Vital statistics of India. Vol. IV, Annual returns from 1871 to 1876. British Army of India, Native Army and jails of Bengal
Year: 1871
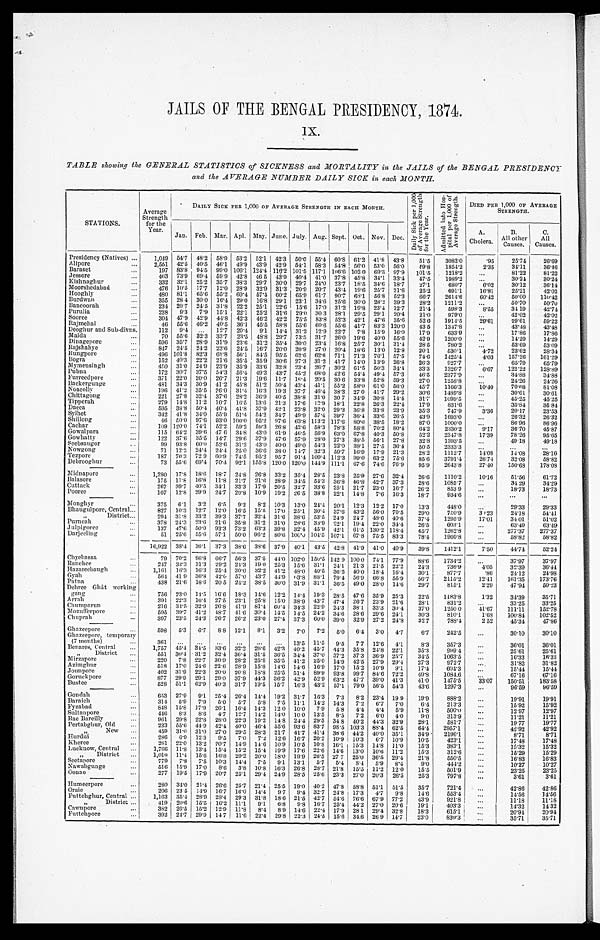
JAILS OF THE BENGAL PRESIDENCY, 1874.
IX.
TABLE showing the GENERAL STATISTICS of SICKNESS and MORTALITY in the JAILS of the BENGAL PRESIDENCY
and the AVERAGE NUMBER DAILY SICK in each MONTH.
STATIONS.
Average S t r e n g t h
for the
Year.
DAILY SICK PER 1,000 OF AVERAGE STRENGTH IN EACH MONTH.
Da i l y S i c k p e r 1 , 0 0 0
o f Av e r a g e S t r e n g t h
f or t he Year . A d m i t t e d i n t o H o s -
p i t a l p e r 1 , 0 0 0 o f
A v e r a g e S t r e n g t h .
DIED PER 1,000 OF AVERAGE
S T R E N G T H .
Jan. Feb. Mar. Apl. May. June. July. Aug. Sept. Oct. Nov. Dec.
A.
Cholera.
B.
All other
Causes.
C.
All
Causes.
Presidency (Natives)
1,049 54. 7 48.2 58.9 53.2 52. 1 42. 3 50.0 55.4 60.8 61.2 41.8 43.8 51.5 3082.0
.95 25.74 26.69
Alipore 2,551 42. 5 40.5 46. 1 49.9 43.9 42. 9 54.1 58.3 54.8 56.0 53.0 56.0 49.8 1854.2 2.35 34.11 36.46
Baraset
197 83. 8 94.5 99.0 106.1 124.4 116.2 101.5 117.1 106.6 102 0 69.3 97.9 101.5 1218.2
81.22 81.22
Jessore
463 73.9 69.4 59.9 42.8 46 5 43.9 40.4 41.0 37.8 45.8 34.1 33.4 47.5 1989.2
3 0 . 2 4
30.24
Kishnaghur
332 32. 1 25.2 35.7 38.3 29.7 30.0 29.7 24.0 23.7 18.5 34.6 18.7 27.1 680.7 6.02 30.12 36.14
Moorshedabad
476 10.5 17.7 12.0 28.9 32.9 31.3 20.9 20.7 43.4 19.6 25.7 21.6 25.2 691.1 16.81
2 5 . 2 1
4 2 . 0 2
Hooghly
480 81.1 65.6 55.2 60.4 57.4 60.2 65.9 61.7 90.7 68.1 56.8 52.3 66.7 2614.6 60.42
5 0 . 0 0
110.42
Burdwan
355 28 4 30.0 1 6 . 4 29.0 16.8 29.1 23.1 34.6 25.6 30.0 28.2 39.3 28.2 1211.2
50.70 50.70
Bancoorah
234 20.7 24.5 31.8 22.2 25.1 22.6 15.6 17.0 31.2 19.8 23.4 12.7 21.4 598.3 8.55 34 19 42.74
Purulia
238 9.3 7.9 15.1 22.1 25.2 31.6 29.0 30 3 28.1 29.5 29.1 20.4 21.0 979.0
42.02 42.02
Sooree
304 47.9 42.9 44.8 42.3 46.2 42.2 75.5 83.8 52.3 42.1 47.6 35.6 52 6 1914.5 29.61 29.61 59.22
Rajmehal
46 55.6 46.2 40.5 36.1 45.5 58.8 55.6 60.6 55.6 41.7 83.3 120.0 43 5 1347.8
43.48 43.48
Deoghur and Sub-divns.
112 9.4
12.7 20.4 9.1 14.4 31.2 12.9 22.7 7.8 15.9 16.0 17.9 633.9
17.86 17.86
Malda
70 55.6 32.3 33.7 23.5 48.8 29.7 73.5 31.7 26.0 19.6 40.0 55.6 42.9 1200.0
1 4 . 2 9 14.29
Dinagepore
596 35.7 28.9 31.9 23.6 31.2 35.4 30.0 23.4 16.8 25.7 30.1 31.4 28.5 780.2
5 3 . 6 9 53.69
Rajshahye
847
2 4 . 5 2 4 . 2 23.6 24.5 16.7 20.0 20.9 27.0 20.4 18.6 13.0 12.8 20.1 530.1 4.72 23.62 28.34
R u n g p o r e
496 101.8 82.3 68.8 56.1 84.5 95.5 62.6 62.6 71.1 71.3 76.1 57.5 74.6 1425.4 4.03
1 5 7 . 2 6 161.29
B o g r a
152 40.3 22.2 21.6 35.5 35.9 30.6 27.3 31.2 41.7 14.0 13.9 26.8 26.3 927.7
6 5 . 7 9
6 5 . 7 9
Mymensingh
450 31.0 24.9 23.9 35.9 33.6 32.8 23.4 26.7 30.2 61.5 50.3 34.4 33.3 1326.7 6.67
1 2 2 . 2 2
128.89
Pubna
172 30.7 37.5 54.3 56.4 49.3 43.7 45.2 68.0 42.6 54.4 49.4 57.3 46.5 2377.9
34.88 34.88
Furreedpore 371 22.0 20.0 26.7 21.3 19.6 11.7 16.4 20.5 30.6 33.8 52.8 59.3 27.0 1258.8
24.26 24.26
Ba c ke r gunge
481 34.3 30.9 41.2 45.8 51.2 50.4 43.4 41.1 55.2 58.0 61.0 56.0 45.7 1166.3
1 0 . 4 0 70.68 81.08
Noacolly
196 41.2 35.5 26.0 31.4 16.3 19.3 37.7 46.4 38.3 27.0 41.7 29.2 30.6 1489.8
30.61 30.61
Chittagong
221 27.8 32.4 37.6 28.2 36.9 40.5 38.8 31.0 30 7 34.9 30.8 14.4 31.7 1099.5
45.25 45.25
Tipperah
279 14.8 11.2 10.7 16.5 13.6 21.3 17.6 13.9 18.1 22.8 26.3 22.4 17.9 831.6
35.84 35.84
Dacca
595 38.8 50.4 40.4 41.8 37.9 42.1 23.8 32.0 29.3 36.8 33.8 23.9 35.3 747.9 3.36 20.17 23.53
Sylhet
342 41.8 34.0 55.9 51.4 54.2 34.7 49.9 57.4 39.7 36.4 33.6 26.5 43.9 1693.0
26.32 26.32
Shillong
46 50.0 97.6 93.0 100.0 95.2 97.6 63.8 113.2 117.6 80.0 3 8 . 5 18.2 87.0 1000.0
86.96 86.96
Cachar
109 120.0 74.1 52.2 59.2 59.3 26.8 42.6 58.3 78.3 58.8 70.2 80.4 64.2 2330.2 9.17 36.70 45.87
Gowalpara
115 64.2 39.6 47 6 34.8 43.0 61.9 46.5 56.9 63.0 67.8 40.3 50.8 52.2 2347.8 17.39 78.26 95.65
Gowhatty
122 37.6 35.5 14.7 29.6 37.9 47.6 57.9 28.0 27.3 38.5 56.1 27.8 32.8 1393.5
49.18 49.18
Seebsaugor
99 93.8 60.0 52.6 31.2 43.0 40.0 49.0 54.3 22.0 38.1 27.5 36.4 50.5 2333.3
Nowgong
71 12.2 24.4 24.4 25.0 36.6 38.0 14.7 32.3 59.7 16.9 17.9 21.3 28.2 1112.7 14.08 14.08 28.16
Tezpore
187 70.3 72 9 60.9 74.5 95.2 95.7 91.4 109.4 112.3 99.0 63.2 75.6 85.6 3791.4 26.74 32.08
5 8 . 8 2
Debrooghur
73 55.6 69.4 70.4 92.1 155.8 120.0 120.0 144.9 111.1 67.6 74.6 76.9 95.9 2643.8 27.40 150.68 178.08
Mi d n a p o r e
1,280 17.8 18.6 18.7 24.8 26.8 33.2 35.4 28.5 23.8 25.9 27.6 32.4 26.6 1110.2 10.16 51.56 61.72
Balasore
175 11.8 16.8 11.8 21.7 21.6 28.9 34.5 54.3 36.8 46.8 42.7 37.3 28.6 1085.7
34 29 34.29
Cuttack
267 39.7 40.5 34.1 33.3 17.9 20.5 32.7 33.6 25.1 21.7 23.0 16.7 26.2 853.9
18.73 18.73
Pooree
107 12.8 29.9 24.7 20.8 10.9 19.2 26.5 38.8 22.1 14.8 7.6 16.3 18.7 934.6
Monghyr
375 6.1 3.2 6.5 9.2 8.2 10.3 13.0 24.4 20.1 12.3 12.2 17.0 13.3 448.0
29.33 29.33
Bhaugulpore, Central
827 10.3 12.7 12.0 16.5 15.5 17.0 25.1 30.4 37.6 43.2 56.0 70.5 29.0 750.9 30.23 24.18 54.41
„ District
294 31.8 33.2 39.3 37.7 32.4 31.6 38.6 53.5 24.9 24.7 48.6 40.6 37.4 1295.9 17.01 34 01 51.02
Purneah
378 24.3 23.6 21.6 35.8 31.2 31.0 28.6 33.9 22.1 19.4 22.0 34.4 26.5 603.1
63.49 63.49
Julpigoree
137 47.6 50.0 93.3 73.2 63.3 39.8 32.4 45.9 42.1 61.5 130.2 118.4 65.7 1262.8
277.37 277.37
Darjeeling
51 25.6 55.6 57.1 50.0 96.2 80.6 100.0 104.5 107.1 67.8 75.5 83.3 78.4 1960.8
58.82 58.82
1 6 , 9 2 2 38.4 36.1 37.3 38.6 38.6 37.9 40.1 4 3 . 5 42.8 41.9 41.0 40.9 39.8 1412.1 7.50 44.74 52.24
Chyebassa
79 70.2 96.8 66.7 56.3 37.5 44.0 102.0 150.5 142 9 100.0 74.1 77.9 88.6 1734.2
37.97 37.97
Ranchee
2 4 7 32.3 31.3 29.2 24.3 19.0 25.3 15.6 31.1 24.1 21.3 21.5 22.2 24.3 736.9 4.05 32.3936.44
Hazareebaugh 1,161 16.3 16.3 25.4 30.0 32.2 41.2 48.0 40.5 36.5 40.0 18.4 16.4 30.1 877.7
.86 24.12 24.98
Gyah
564 41 9 36.8 42.0 57.0 43.7 44.9 63.8 88.1 79.4 56.9 66.8 55.9 56.7 2115.2 12.41 161.35
1 7 3 . 7 6
Patna
438 21.6 18.6 20.5 24.2 38.5 30.0 31.9 31.1 36.5 49.0 28.0 14.6 29.7 815.1 2.29 47.9450.23
Dehree Ghât working
gang
756 23.0 14.5 16.6 18.3 14.6 12.2 14.4 19.3 28.5 47.6 35.9 2 5 . 3
22.5 1183.8 1.32 34.39 35.71
Arrah
391 22.3 16.4 27.5 23.1 25.8 15.0 38.9 43.7 47.4 26.7 23.9 21.6 28.1 831.2
33.25 33.25
Chumparun
216 34.5 32.9 26.8 41.9 81.4 60.4 34.3 22.9 24.3 38.1 33.3 30.4 37.0 1250 0 41.67 111.11 152.78
Mozufferpore
595 39.7 41.2 48.7 41.6 30.4 14.5 1 4 . 5 24.2 34.6 28.6 29.6 24.1 30.3 810.1 1.68 100.84 102.52
Chuprah
397 23.5 24.3 26.7 26.2 23.0 27.4 37.3 60.0 39.0 32.9 27.2 24.8 32 7 788.4 2 52 45.34 47.86
Ghazeepore
598 5.3 6.7 8.8 12.1 8.1 3.2 7.0 7.2 5.0 6.4 3.0 4.7 6.7 242.5
30.10 30.10
Ghazeepore, temporary
(7 months)
361
13.5 11.5 9.5 7.7 12.6 4.1 8.3 357.3
36.01 36.01
Benares, Central
1,757 45.4 34.5 33.6 32.3 26.6 42.3 40.2 45.7 44.3 35.8 24.8 22.1 35.3 999.4
25.61 25.61
„ D i s t r i c t
551 30.4 31.2 32.4 36.4 31.5 36.5 34.4 37.0 37.2 37.3 36.9 25.7 34.5 1063.5
16.33 16.33
Mirzapore
220 7.8 22.7 30.9 28.2 25.8 35.5 41.2 25.0 14.9 42.5 27.9 29.4 27.3 972.7
31.82 31.82
Azimghur
518 17.0 24.6 22.6 28.9 15.8 14.6 14.6 16.9 17.0 15.2 10.9 9.1 17.4 604.3
15.44 15.44
Jounpore
402 31.9 22.3 20.0 20.8 18.8 25.5 51.4 89.9 93.8 99.7 84.6 72.2 49.8 1084.6
67.16 67.16
Goruckpore
877 29.9 29.1 29.0 37.9 44.3 36.2 42.9 52.9 63.2 47.7 39.0 41.3 41.0 1475.5 33.07 150.51 183.58
Bustee
528 51.1 62.9 40.3 31.7 19.5 15.7 16.3 43.2 57. 1 79.0 56.5 54.3 43.6 1297.3
96.59 96. 59
Gondah
653 27.9 9.1 25.4 26.4 14.4 19.2 31.7 16.3 7.3 8.2 23.4 19 9 19.9 888.2
19.91 19. 91
Baraich
314 5.9 7.9 5.0 5.7 5.8 7.5 11.1 14.2 14.3 7.2 6.7 7.0 6.4 213.3
15.92 15. 92
Fyzabad
848 15.8 17.9 26.1 16.4 14.3 12.0 10.0 7.9 5.8 4.4 4.4 5. 9 11.8 500.0
12. 97 12. 97
Sultanpore
446 8.3 8.6 4.7 12.7 14.2 14.0 10 0 13.5 8.5 7.2 6. 0 4.0 9.0 313.9
11. 21 11. 21
Rae Bareilly
961 29.8 22.8 28.0 22.3 19.2 14.8 24.4 29.5 34 8 40.2 44.3 32.9 28.1 581.7
19. 77 19. 77
Pertabghur, Old
233 55.6 44.9 42.4 40.0 46.4 55.6 93.6 83.7 98.5 103.3 88.4 62. 5 64.4 2957.1
42.92 42. 92
„ N e w
459 31.0 31.0 27.0 29.5 28.3 21.7 41.7 41.4 38.6 44.2 40.0 35. 1 34.9 2196.1
8. 71
8.71
Hurdui
286 6 . 9 12.3 9.5 7.0 7. 2 12.6 16.7 20.2 10.9 10.3 6. 7 10. 9 10.5 423.1
17. 48 17. 48
Kheree
261 22.0 1 3 . 2 20.7 14. 9 14.6 10.9 10.5 10.8 16.1 1 5 . 3 14.8 11. 0 15.3 383.1
15. 32 15. 32
Lu c k n o w, Ce n t r a l
1,766 11.8 13.4 15.4 15. 2 15.4 19.9 17.6 22.6 14.6 13.0 10. 6 11. 2 15.3 312. 6
15. 29 15. 29
„ District
1,010 11.4 15. 6 16.8 20. 2 20.0 18.0 19.9 26.5 27 7 25.0 36.5 29. 4 21.8 550. 5
16. 83 16. 83
Seetapore
779 7. 8 7. 5 10. 3 14. 4 7. 5 9.1 13.1 5.7 5.4 8.4 5. 9 8. 4 9. 0 444. 2
10. 27 10. 27
Nawabgunge
516 15. 9 17. 0 8. 6 3. 8 10. 8 16.3 26.8 28. 7 21.8 15.5 11. 2 12. 0 15.5 501. 9
23. 25 23. 25
Oonao
277 19. 5 17. 9 20.7 25. 1 29.4 24.9 28.5 25.6 23. 3 27.0 20. 3 26. 5 25. 3 797. 8
3. 61
3. 61
Humeerpore
280 34. 0 21. 4 26. 6 25. 7 21. 4 25.5 19.0 40.2 47. 8 58.8 51. 1 51. 5 35. 7 721. 4
42. 86 42. 86
Oraie
206 23. 5 14. 9 16. 7 16. 0 14. 4 9. 7 9. 4 32. 7 24. 8 17.3 4. 7 9. 8 14. 6 553. 4
14. 56
1 4 . 5 6
F u t t e h g h u r , C e n t r a l
„ D i s t r i c t
1, 163 419 35. 4
20. 6 28. 9
15.5 28. 4
16. 2
2 9 . 3
1 1 . 1 31. 8
9. 1 18. 6
6. 8 21. 5
9. 8 42. 7
16. 7 54. 6
25. 4
7 6 . 6
4 4 . 2 67. 9
27. 0
7 7 . 2
2 0 . 6 43.9 19. 1 921. 8
403. 3
11.18 14. 32 11. 18
14. 32
Cawnpore
382 26. 5 15. 2 12. 9 11.8 8. 4 8. 9 14. 6 22. 4 17. 9 28. 1 29. 4 32. 8 18. 3 615. 1
20. 94 20. 94
F u t t e h p o r e
392 24. 7 29. 9 14 7 11. 6 22. 4 29. 8 22. 3 24. 5 15. 6 34.6 2 6 . 9 14. 7 23.0 839. 3
35. 71 35. 71